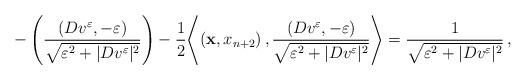
LaTeX: \begin{align*}- \left(\frac{(D {v^\varepsilon},-\varepsilon)}{\sqrt{\varepsilon^2+|D {v^\varepsilon}|^2}}\right) - \frac{1}{2}{\left\langle \left(\mathbf{x},x_{n+2}\right), \frac{(D {v^\varepsilon},-\varepsilon)}{\sqrt{\varepsilon^2+|D {v^\varepsilon}|^2}}\right\rangle} = \frac{1}{\sqrt{\varepsilon^2+|D {v^\varepsilon}|^2}}\,,\end{align*}